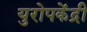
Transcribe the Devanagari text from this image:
युरोपकेंद्री